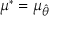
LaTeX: \mu ^ { * } = \mu _ { \hat { \theta } }